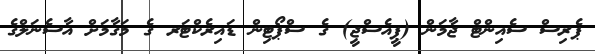
ޕެރިސް ސެއިންޓް ޖާމަން (ޕީއެސްޖީ) ގެ ސްޕޯޓިން ޑައިރެކްޓަރ ގެ މަގާމަށް އާސެނަލްގެ